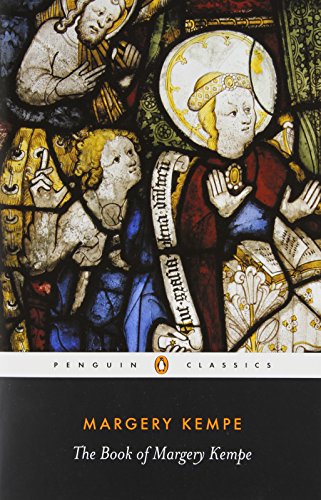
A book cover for The Book of Margery Kempe (Penguin Classics); Margery Kempe; Christian Books & Bibles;